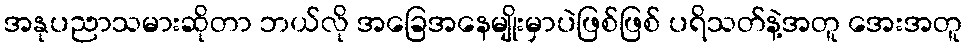
အနုပညာသမားဆိုတာ ဘယ်လို အခြေအနေမျိုးမှာပဲဖြစ်ဖြစ် ပရိသတ်နဲ့အတူ အေးအတူ